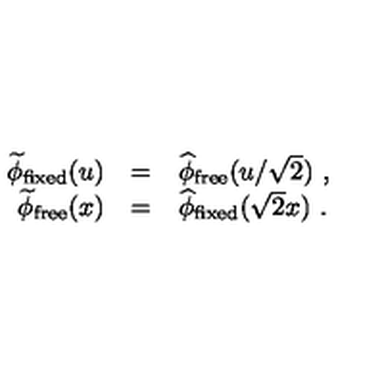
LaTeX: \begin{array} { r c l } { \widetilde \phi _ { \mathrm { f i x e d } } ( u ) } & { = } & { \widehat \phi _ { \mathrm { f r e e } } ( u / \sqrt { 2 } ) \ , } \\ { \widetilde \phi _ { \mathrm { f r e e } } ( x ) } & { = } & { \widehat \phi _ { \mathrm { f i x e d } } ( \sqrt { 2 } x ) \ . } \\ \end{array}